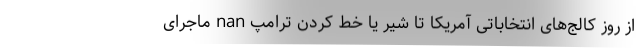
از روز کالج‌های انتخاباتی آمریکا تا شیر یا خط کردن ترامپ nan ماجرای